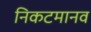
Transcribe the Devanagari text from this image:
निकटमानव